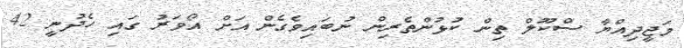
މަޖީދިއްޔާ ސްކޫލް ތިން ކުޅުންތެރިން ނުބައިވެގެން އަށް އޯވަރު ގައި ހެދުނީ 42